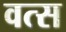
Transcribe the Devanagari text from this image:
वत्‍स